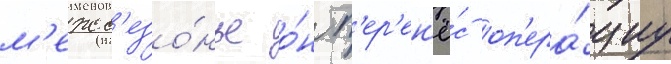
м'ежс'езо́нье о́н п'ер'ен'ё́с оп'ера́циу